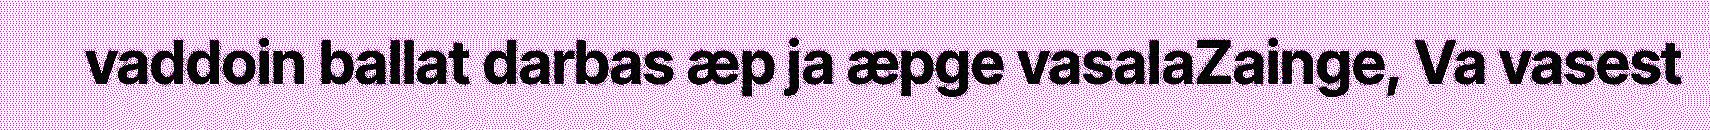
vaddoin ballat darbas æp ja æpge vasalaZainge, Va vasest